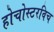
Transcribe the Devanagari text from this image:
होचोस्टरविच